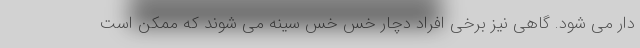
دار می شود. گاهی نیز برخی افراد دچار خس خس سینه می شوند که ممکن است